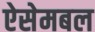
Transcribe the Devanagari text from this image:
ऐसेमबल